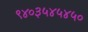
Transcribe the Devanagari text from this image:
९४०३५४५४५०